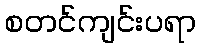
စတင်ကျင်းပရာ